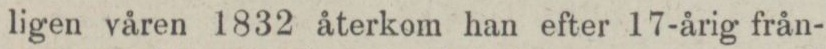
ligen våren 1832 återkom han efter 17-årig från-